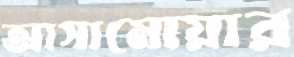
আসামোয়ার